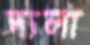
দ্যলা